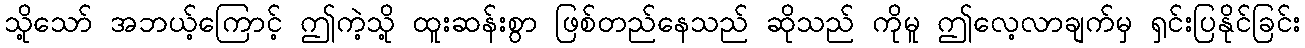
သို့သော် အဘယ့်ကြောင့် ဤကဲ့သို့ ထူးဆန်းစွာ ဖြစ်တည်နေသည် ဆိုသည် ကိုမူ ဤလေ့လာချက်မှ ရှင်းပြနိုင်ခြင်း